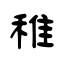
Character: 稚